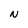
Character: N